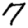
Digit: 7